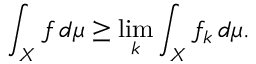
\int _ { X } f \, d \mu \geq \operatorname* { l i m } _ { k } \int _ { X } f _ { k } \, d \mu .